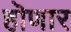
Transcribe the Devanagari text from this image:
हॊणार